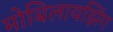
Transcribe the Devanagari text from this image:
मोबिलायझिंग